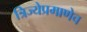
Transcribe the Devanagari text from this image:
त्रिज्येप्रमाणेच